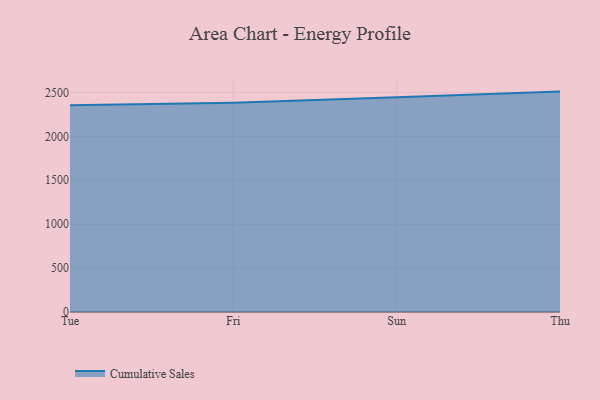
{"axis": {"x": "Day", "y": "Satisfaction Score"}, "legend": ["Cumulative Sales"], "data": [{"x": "Tue", "y": 2353.9, "type": "Cumulative Sales"}, {"x": "Fri", "y": 2382.1, "type": "Cumulative Sales"}, {"x": "Sun", "y": 2443.1, "type": "Cumulative Sales"}, {"x": "Thu", "y": 2508.8, "type": "Cumulative Sales"}]}